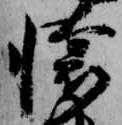
懐